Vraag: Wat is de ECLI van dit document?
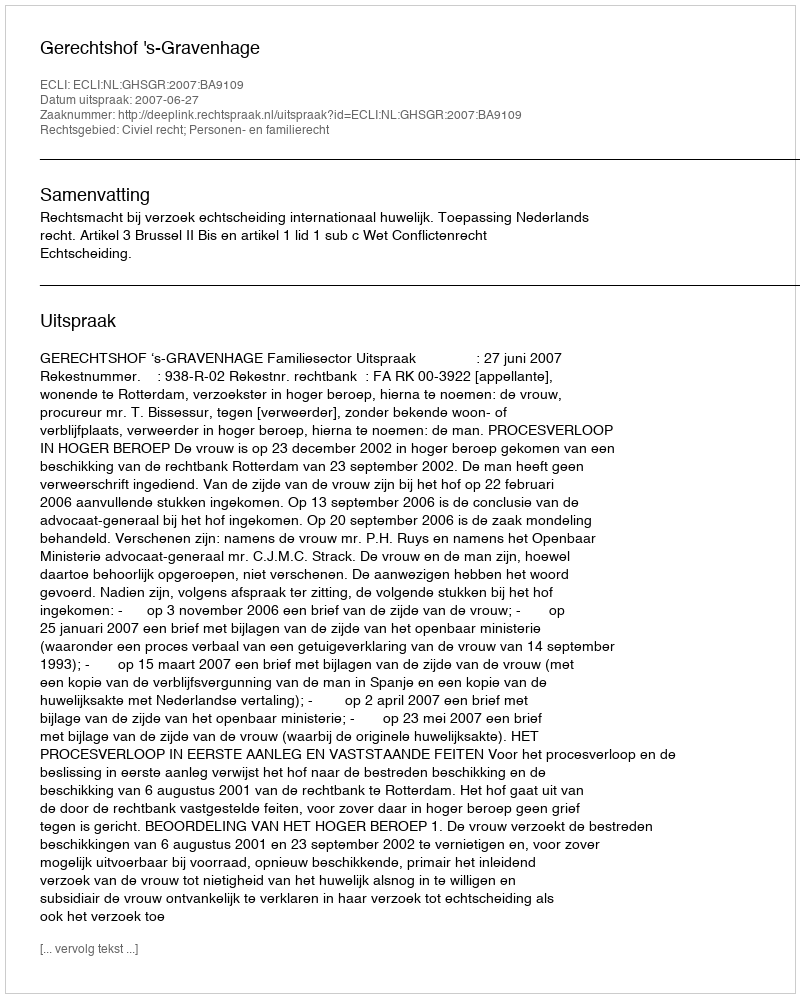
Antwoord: ECLI:NL:GHSGR:2007:BA9109